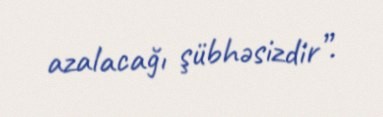
azalacağı şübhəsizdir”.